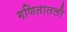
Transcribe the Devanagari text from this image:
गणितातली